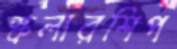
স্কলারশিপ